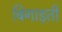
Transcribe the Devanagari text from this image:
बिगाड़ती